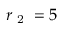
r _ { \textrm { 2 } } = 5